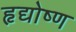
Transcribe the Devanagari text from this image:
हृद्योष्ण